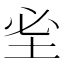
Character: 𡊭